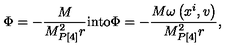
\Phi = - \frac { M } { M _ { P [ 4 ] } ^ { 2 } r } \mathrm { i n t o } \Phi = - \frac { M \omega \left( x ^ { i } , v \right) } { M _ { P [ 4 ] } ^ { 2 } r } ,